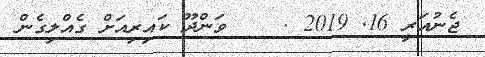
ޖެނުއަރީ 16